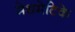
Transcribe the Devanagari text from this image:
मेथमेटिके